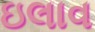
ઇલાવ